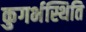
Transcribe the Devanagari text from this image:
कुगर्भस्थिति